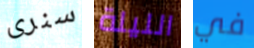
سنرى الليلة في